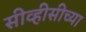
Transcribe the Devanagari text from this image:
सीव्हीसीच्या